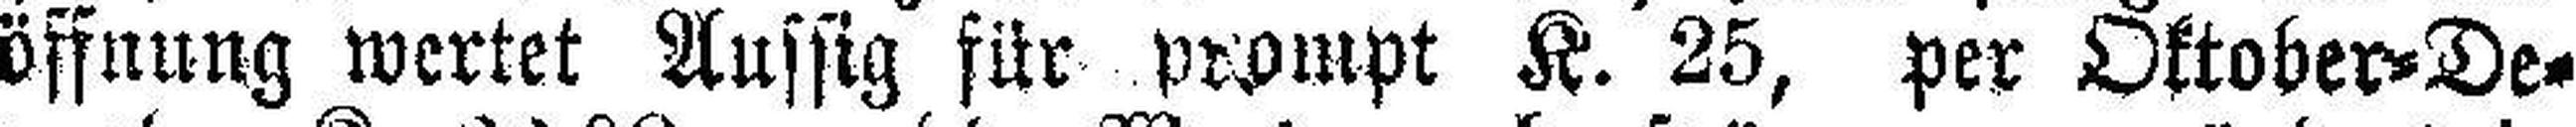
öffnung wertet Aussig für prompt K. 25, per Oktober=De¬